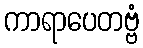
ကာရာပေတဗ္ဗံ